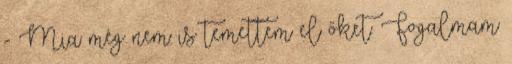
- Mia még nem is temettem el őket. Fogalmam